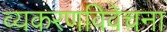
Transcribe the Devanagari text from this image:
व्यकरणविवेचना